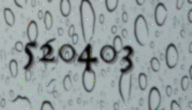
520403